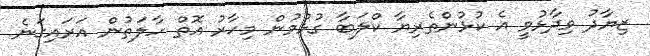
ޒިޔާދު ވިދާޅުވީ އެ ކުޅުންތެރިޔާ ކްލަބާ ގުޅުމުން މިހާރު އޮތް ހާލަތުން އަރައިގަނެ